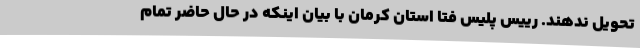
تحویل ندهند. رییس پلیس فتا استان کرمان با بیان اینکه در حال حاضر تمام